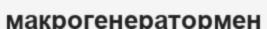
макрогенератормен